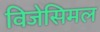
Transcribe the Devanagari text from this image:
विजेसिमल